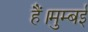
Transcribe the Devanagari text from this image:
हैं।मुम्बई